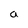
Character: a